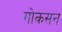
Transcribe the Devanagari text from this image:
गोकसन